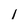
Character: 1